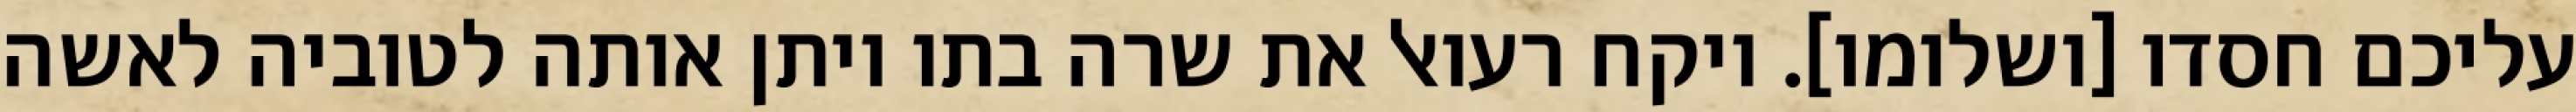
עליכם חסדו [ושלומו]. ויקח רעואל את שרה בתו ויתן אותה לטוביה לאשה